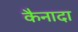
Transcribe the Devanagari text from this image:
कैनादा